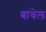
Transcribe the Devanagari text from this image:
बांधेल